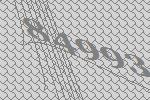
84993